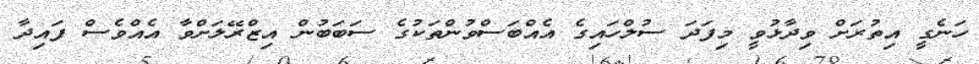
ހަނެގީ އިތުރަށް ވިދާޅުވީ މިފަދަ ސުލްހައިގެ އެއްބަސްވުންތަކުގެ ސަބަބުން އިޒްރޭލަށްވާ އެއްވެސް ފައިދާ